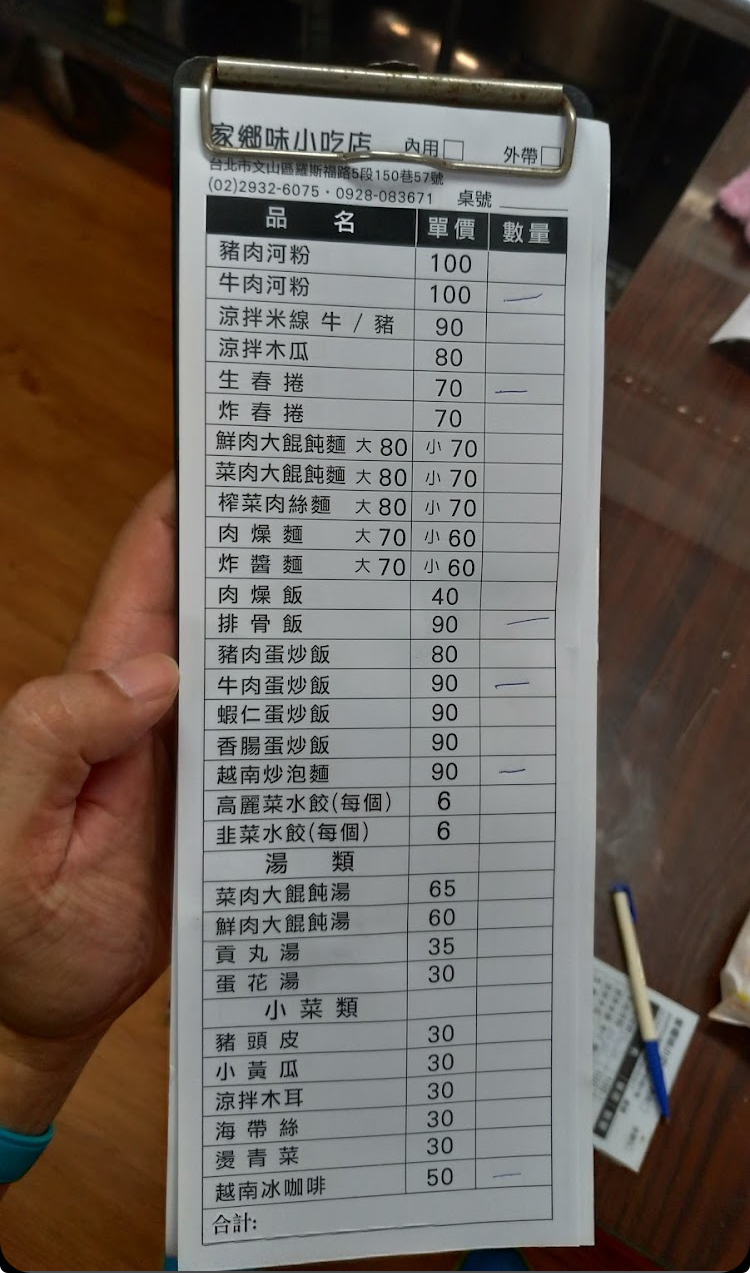
餐廳：家鄉味小吃店
地址：台北市文山區耀斯福路5段150巷57號
電話：(02)2932-6075•0928-083671
菜單：
name: 豬肉河粉
price: 100
name: 牛肉河粉
price: 100
name: 涼拌米線牛/豬
price: 90
name: 涼拌木瓜
price: 80
name: 生春捲
price: 70
name: 炸春捲
price: 70
name: 鮮肉大餛飩麵大
price: 80
name: 鮮肉大餛飩麵小
price: 70
name: 菜肉大餛飩麵大
price: 80
name: 菜肉大餛飩麵小
price: 70
name: 榨菜肉絲麵大
price: 80
name: 榨菜肉絲麵小
price: 70
name: 肉燥麵大
price: 70
name: 肉燥麵小
price: 60
name: 炸醬麵大
price: 70
name: 炸醬麵小
price: 60
name: 肉燥飯
price: 40
name: 排骨飯
price: 90
name: 豬肉蛋炒飯
price: 80
name: 牛肉蛋炒飯
price: 90
name: 蝦仁蛋炒飯
price: 90
name: 香腸蛋炒飯
price: 90
name: 越南炒泡麵
price: 90
name: 高麗菜水餃(每個)
price: 6
name: 韭菜水餃(每個)
price: 6
name: 菜肉大餛飩湯
price: 65
name: 鮮肉大餛飩湯
price: 60
name: 貢丸湯
price: 35
name: 蛋花湯
price: 30
name: 豬頭皮
price: 30
name: 小黃瓜
price: 30
name: 涼拌木耳
price: 30
name: 海帶絲
price: 30
name: 燙青菜
price: 30
name: 越南冰咖啡
price: 50